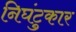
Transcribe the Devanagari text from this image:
निघंटुकार